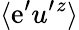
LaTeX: \langle{\mathrm{e}^{\prime}u^{\prime}{}^{z}}\rangle